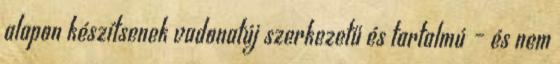
alapon ké­szítsenek vadonatúj szerkezetű és tartalmú – és nem